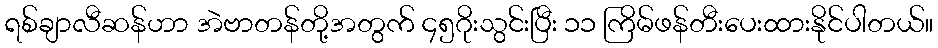
ရစ်ချာလီဆန်ဟာ အဲဗာတန်တို့အတွက် ၄၅ဂိုးသွင်းပြီး ၁၁ ကြိမ်ဖန်တီးပေးထားနိုင်ပါတယ်။